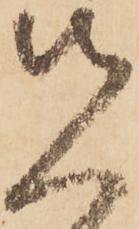
先